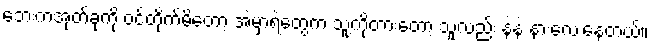
ဘေးကအုတ်ခုံကို ဝင်တိုက်မိတော့ အဲမှာရဲတွေက သူ့ကိုတားတော့ သူလည်း နဲနဲ နားလေးနေတယ်။